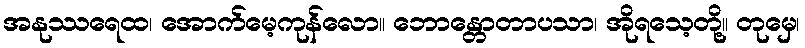
အနုဿရေထ၊ အောက်မေ့ကုန်လော။ ဘောန္တောတာပသာ၊ အိုရသေ့တို့။ တုမှေ၊